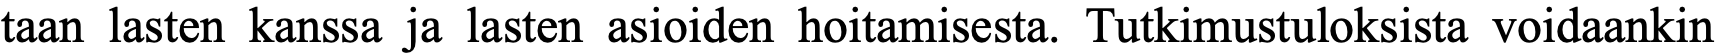
taan lasten kanssa ja lasten asioiden hoitamisesta. Tutkimustuloksista voidaankin